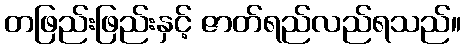
တဖြည်းဖြည်းနှင့် ဇာတ်ရည်လည်ရသည်။